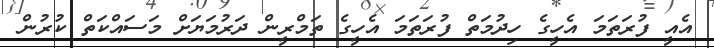
އެއީ ފުރަތަމަ އެހީގެ ހިދުމަތް ފުރަތަމަ އެހީގެ ތަމްރީން ދަރުމަޔަށް މަސައްކަތް ކުރުން